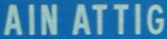
AINATTIG